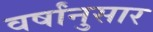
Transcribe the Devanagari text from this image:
वर्षांनुसार